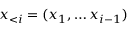
\boldsymbol { x } _ { < i } = ( x _ { 1 } , \dots x _ { i - 1 } )